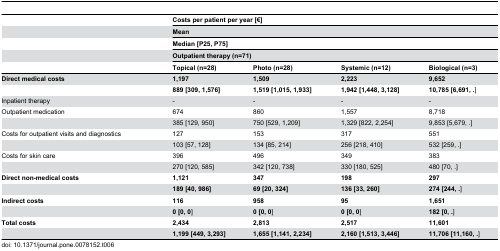
<table><thead><tr><td></td><td colspan="4"><b>Costs per patient per year [€]</b></td></tr><tr><td></td><td colspan="4"><b>Mean</b></td></tr><tr><td></td><td colspan="4"><b>Median [P25, P75]</b></td></tr><tr><td></td><td colspan="4"><b>Outpatient therapy (n=71)</b></td></tr><tr><td></td><td><b>Topical (n=28)</b></td><td><b>Photo (n=28)</b></td><td><b>Systemic (n=12)</b></td><td><b>Biological (n=3)</b></td></tr></thead><tbody><tr><td><b>Direct medical costs</b></td><td><b>1,197</b></td><td><b>1,509</b></td><td><b>2,223</b></td><td><b>9,652</b></td></tr><tr><td></td><td><b>889 [309, 1,576]</b></td><td><b>1,519 [1,015, 1,933]</b></td><td><b>1,942 [1,448, 3,128]</b></td><td><b>10,785 [6,691, .</b>]</td></tr><tr><td>Inpatient therapy</td><td>-</td><td>-</td><td>-</td><td>-</td></tr><tr><td>Outpatient medication</td><td>674</td><td>860</td><td>1,557</td><td>8,718</td></tr><tr><td></td><td>385 [129, 950]</td><td>750 [529, 1,209]</td><td>1,329 [822, 2,254]</td><td>9,853 [5,679, .]</td></tr><tr><td>Costs for outpatient visits and diagnostics</td><td>127</td><td>153</td><td>317</td><td>551</td></tr><tr><td></td><td>103 [57, 128]</td><td>134 [85, 214]</td><td>256 [218, 410]</td><td>532 [259, .]</td></tr><tr><td>Costs for skin care</td><td>396</td><td>496</td><td>349</td><td>383</td></tr><tr><td></td><td>270 [120, 585]</td><td>342 [120, 738]</td><td>330 [180, 525]</td><td>480 [70, .]</td></tr><tr><td><b>Direct non-medical costs</b></td><td><b>1,121</b></td><td><b>347</b></td><td><b>198</b></td><td><b>297</b></td></tr><tr><td></td><td><b>189 [40, 986]</b></td><td><b>69 [20, 324]</b></td><td><b>136 [33, 260]</b></td><td><b>274 [244, .</b>]</td></tr><tr><td><b>Indirect costs</b></td><td><b>116</b></td><td><b>958</b></td><td><b>95</b></td><td><b>1,651</b></td></tr><tr><td></td><td><b>0 [0, 0</b>]</td><td><b>0 [0, 0</b>]</td><td><b>0 [0, 0</b>]</td><td><b>182 [0, .</b>]</td></tr><tr><td><b>Total costs</b></td><td><b>2,434</b></td><td><b>2,813</b></td><td><b>2,517</b></td><td><b>11,601</b></td></tr><tr><td></td><td><b>1,199 [449, 3,293]</b></td><td><b>1,655 [1,141, 2,234]</b></td><td><b>2,160 [1,513, 3,446]</b></td><td><b>11,706 [11,160, .</b>]</td></tr></tbody></table>